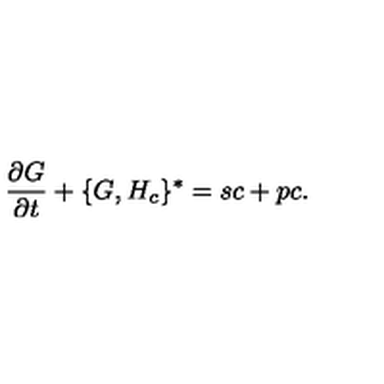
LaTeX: { \frac { \partial G } { \partial t } } + \{ G , H _ { c } \} ^ { * } = s c + p c .